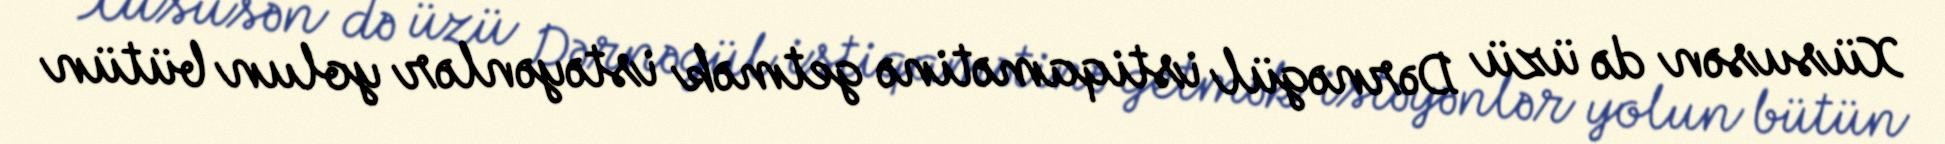
Xüsusən də üzü Dərnəgül istiqamətinə getmək istəyənlər yolun bütün